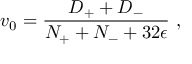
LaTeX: v _ { { 0 } } = \frac { D _ { + } + D _ { - } } { N _ { + } + N _ { - } + 3 2 \epsilon } \ ,